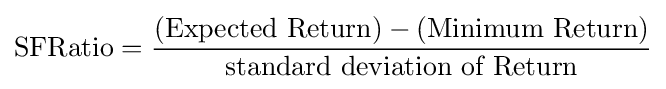
{\text{SFRatio}}={\frac {({\text{Expected Return}})-({\text{Minimum Return}})}{\text{standard deviation of Return}}}